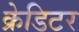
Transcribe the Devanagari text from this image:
क्रेडिटर